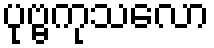
ပုဗ္ဗကုသလော